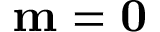
\mathbf { m = 0 }